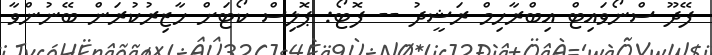
ފޭދޫ ސްނޯވައިޓް އިބްރާހިމް ރަޝީދު -- ފޮޓޯ: ޕޮލިސް ކޯޓަށް ހާޒިރުކުރަން ބޭނުންވާ